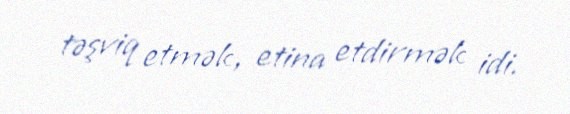
təşviq etmək, etina etdirmək idi.